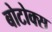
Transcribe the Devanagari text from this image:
बोटोक्स